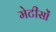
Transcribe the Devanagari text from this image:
मेटीसों